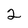
Character: 2